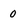
Character: 0